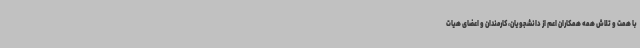
با همت و تلاش همه همکاران اعم از دانشجویان، کارمندان و اعضای هیات